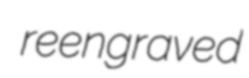
reengraved